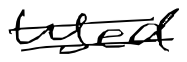
Text: used
Cross-out: double-line
Writing tool: digital_black